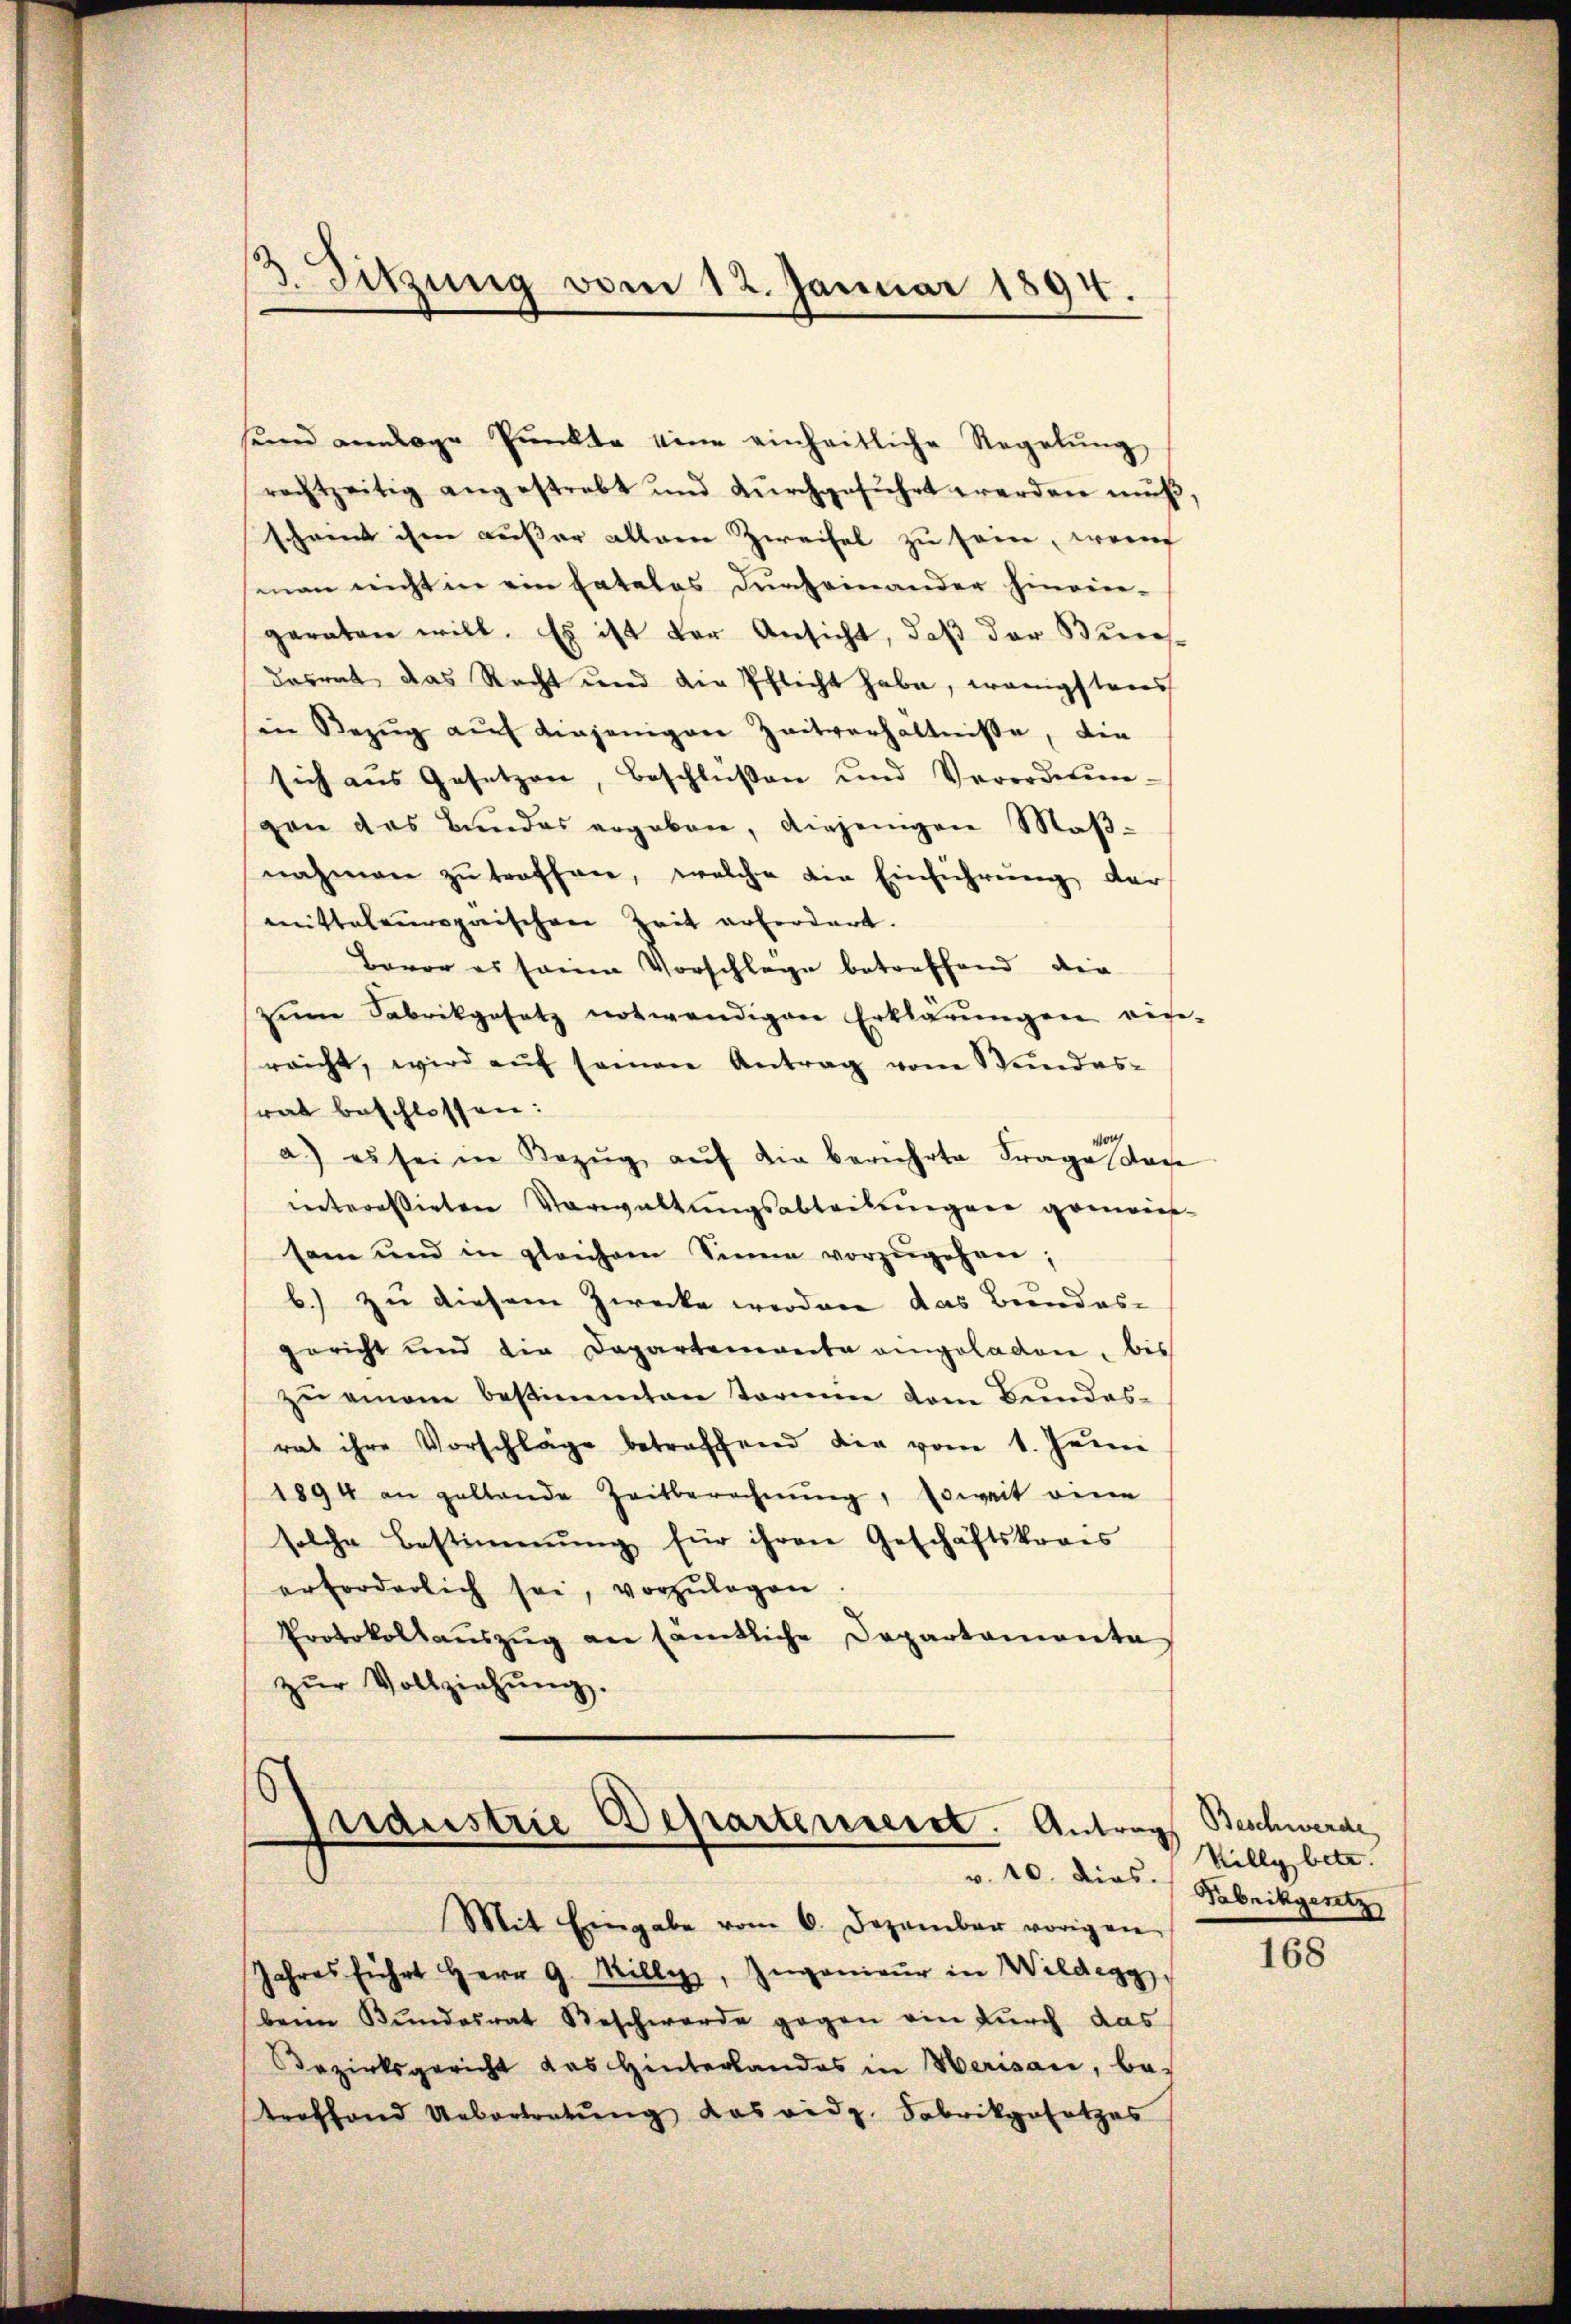
sund anlage Pŭnkte eine einheitliche Regelŭng,
rachtzeitig angestrebt und dŭrchgeführt werden mŭβ,
scheint ihm außer alleine Zweifel zu sein, wer
man nicht in ein Catalos durcheinander hinvier-
geraten will. Es ist der Ansicht, daß der Bures-
dasrat das Recht und die Pflicht habe, wenigstens
in Bezŭg aŭf diejenigen Zeitverhältnisse, die
sich aus Gesetzen, Beschlüßen und Verordnungen das Bundes ergeben, diejenigen Maßnahmen zŭ treffen, welche die Einführŭng der
mittaleuropaischen Zeit erfordert.
Bavor es seine Vorschlage betreffend die
zŭm Fabrikgesetz notwendigen Erklärungen ein-
raicht, wird aŭf seinen Antrag vom Stundes-
rat beschlossen:
a) es sei in Bezŭg aŭf die berührte Frageson
interessirten Verwaltungsabteilungen gemaies-
sam und in gleichem Sinne vorzŭgehen;
b) zu diesem Zwecke werden das Bundes-
gericht und die Departemonta empoladen, bis
zŭ einem bestimmten tarin dem Bundes-
rat ihre Vorschläge betreffend die vom 1. Jenn
1894 an geltende Zeitberechnŭng, soweit eine
solche Bestimmung für ihren Geschäftskrais
erforderlich sei, vorzŭlegen.
Protokolaŭszŭg an sämtliche Departamente
zŭr Vollziehŭng.

3. Sitzung vom 12. Januar 1894.

s
rdustrie Departenseret. Antrag
v. 10. dies.
Mit Eingabe vom 6. Dezember vorigen

Jahres führt Herr G. Mille, Ingenieŭr in Wildegg
bei Bŭndesrat Beschwerde gegen ein furch das
Bezirksgericht das Hinterlandes in Herisau, be-
troffend Uebertretŭng das eidg. Fabrikgesetzes

Beschwerde
Killy betr.
Fabrikgesetz

168